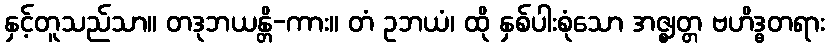
နှင့်တူသည်သာ။ တဒုဘယန္တိ-ကား။ တံ ဥဘယံ၊ ထို နှစ်ပါးစုံသော အဇ္ဈတ္တ ဗဟိဒ္ဓတရား